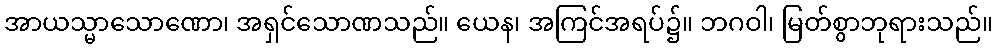
အာယသ္မာသောဏော၊ အရှင်သောဏသည်။ ယေန၊ အကြင်အရပ်၌။ ဘဂဝါ၊ မြတ်စွာဘုရားသည်။